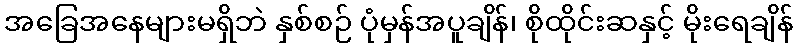
အခြေအနေများမရှိဘဲ နှစ်စဉ် ပုံမှန်အပူချိန်၊ စိုထိုင်းဆနှင့် မိုးရေချိန်